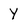
Character: Y